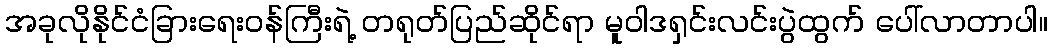
အခုလိုနိုင်ငံခြားရေးဝန်ကြီးရဲ့ တရုတ်ပြည်ဆိုင်ရာ မူဝါဒရှင်းလင်းပွဲထွက် ပေါ်လာတာပါ။